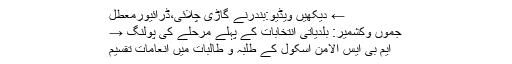
← دیکھیں ویڈیو:بندرنے گاڑی چلائی،ڈرائیورمعطل
جموں وکشمیر: بلدیاتی انتخابات کے پہلے مرحلے کی پولنگ →
ایم بی ایس الامن اسکول کے طلبہ و طالبات میں انعامات تقسیم